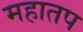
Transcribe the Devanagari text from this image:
महातप